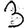
Digit: 3